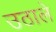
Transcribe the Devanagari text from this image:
उठाले